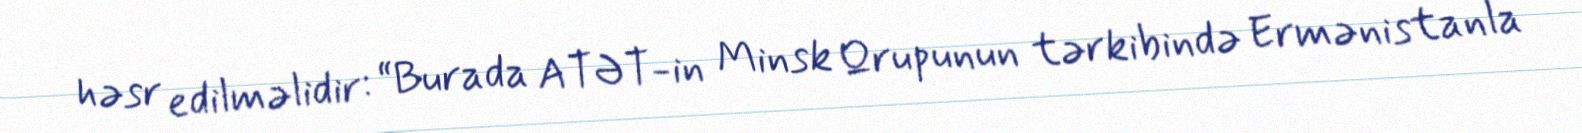
həsr edilməlidir: “Burada ATƏT-in Minsk Qrupunun tərkibində Ermənistanla